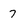
Character: 7